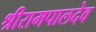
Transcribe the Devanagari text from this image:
श्रीरामपालदेव